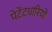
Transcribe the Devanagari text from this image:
पेटेंटधारियों